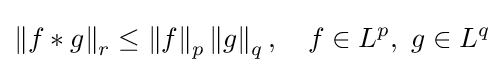
\left\Vert f*g\right\Vert _{r}\leq \left\Vert f\right\Vert _{p}\left\Vert g\right\Vert _{q},\quad f\in L^{p},\ g\in L^{q}